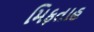
મિફતાહ